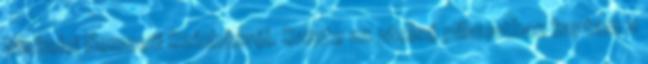
Miskolci Nemzeti Színházról. Szinte az utolsó pillanatban kaptam a